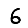
Digit: 6